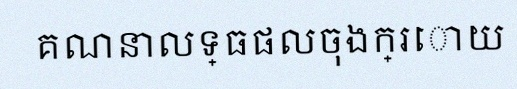
គណនាលទ្ធផលចុងក្រោយ